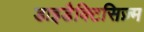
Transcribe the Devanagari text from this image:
डाइडैक्टिसिज़्म